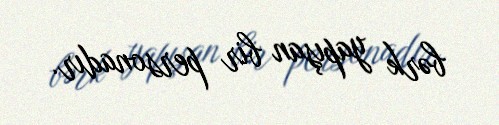
bərk yapışan bir personadır.